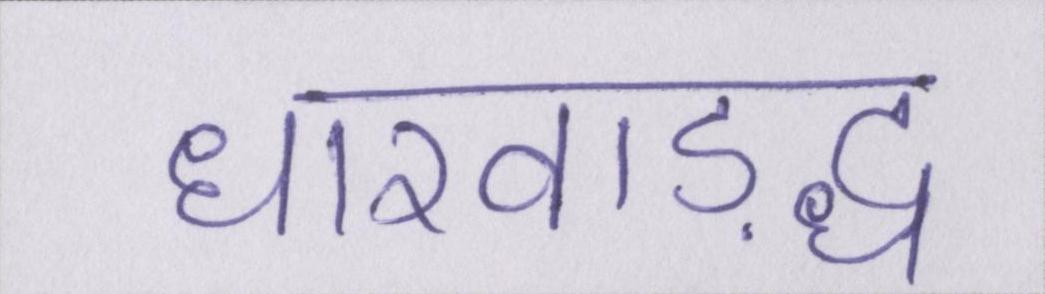
धारवाड़द्ध